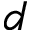
d